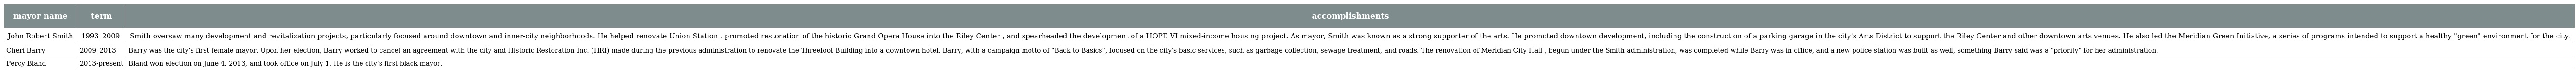
| mayor name | term | accomplishments |
 | --- | --- | --- |
 | John Robert Smith | 1993–2009 | Smith oversaw many development and revitalization projects, particularly focused around downtown and inner-city neighborhoods. He helped renovate Union Station , promoted restoration of the historic Grand Opera House into the Riley Center , and spearheaded the development of a HOPE VI mixed-income housing project. As mayor, Smith was known as a strong supporter of the arts. He promoted downtown development, including the construction of a parking garage in the city's Arts District to support the Riley Center and other downtown arts venues. He also led the Meridian Green Initiative, a series of programs intended to support a healthy "green" environment for the city. |
 | Cheri Barry | 2009–2013 | Barry was the city's first female mayor. Upon her election, Barry worked to cancel an agreement with the city and Historic Restoration Inc. (HRI) made during the previous administration to renovate the Threefoot Building into a downtown hotel. Barry, with a campaign motto of "Back to Basics", focused on the city's basic services, such as garbage collection, sewage treatment, and roads. The renovation of Meridian City Hall , begun under the Smith administration, was completed while Barry was in office, and a new police station was built as well, something Barry said was a "priority" for her administration. |
 | Percy Bland | 2013-present | Bland won election on June 4, 2013, and took office on July 1. He is the city's first black mayor. |